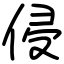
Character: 侵